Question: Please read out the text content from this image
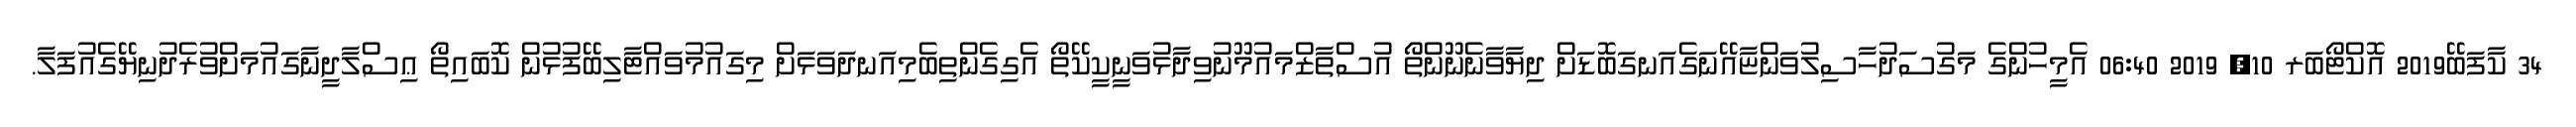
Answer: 34 ކާފަބޭ2019 އޮކްޓޯބަރ 10, 2019 06:40 އެމީހުންގެ މަގުސަދުހާސިލުވަންޏާއޭނަގެއަނގަބޮޑަށް ދިޔާވާނެނޫންތޯ އުސްތާޒްމައުމޫނުވިދާޅުވަނީކީކޭތޯ އެގިގެންތިބެމިއަނދަވަޅަށް މިގައުމުވައްޓާލިބޭފުޅުން ކޮބައިތޯ ޢިސްލާދީނާގައުމަށްވުރެދުނިޔޭގެއުފަލާ.